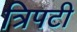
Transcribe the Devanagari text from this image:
त्रिपटी